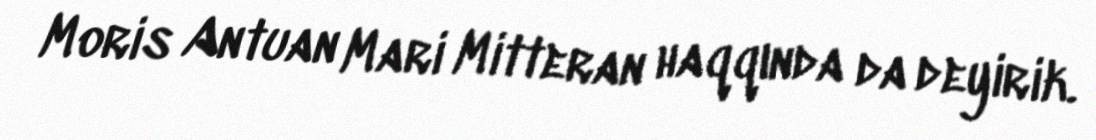
Moris Antuan Mari Mitteran haqqında da deyirik.